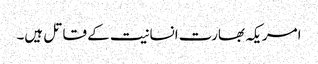
امریکہ بھارت انسانیت کے قاتل ہیں۔